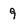
Character: 9